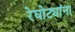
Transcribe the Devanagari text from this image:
रेघोट्यांना